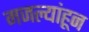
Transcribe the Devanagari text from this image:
मजल्यांहून